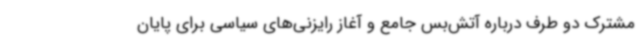
مشترک دو طرف درباره آتش‌بس جامع و آغاز رایزنی‌های سیاسی برای پایان